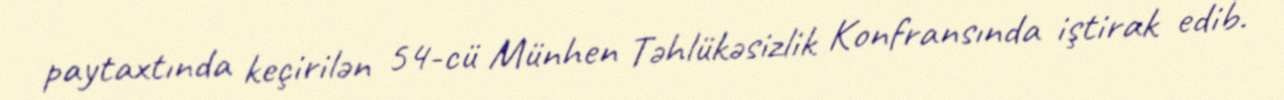
paytaxtında keçirilən 54-cü Münhen Təhlükəsizlik Konfransında iştirak edib.